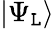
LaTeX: \left|\Psi_{\mathtt{L}}\right\rangle